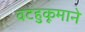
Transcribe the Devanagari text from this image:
वटहुकूमाने